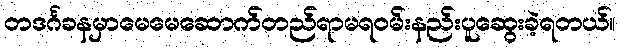
တဒင်္ဂခနမှာမေမေဆောက်တည်ရာမရဝမ်းနည်းပူဆွေးခဲ့ရတယ်။